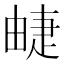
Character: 𤲣